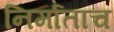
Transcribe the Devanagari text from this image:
निर्माताच